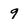
Character: 9